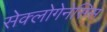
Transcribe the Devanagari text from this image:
सेक्लोगेनेसिस